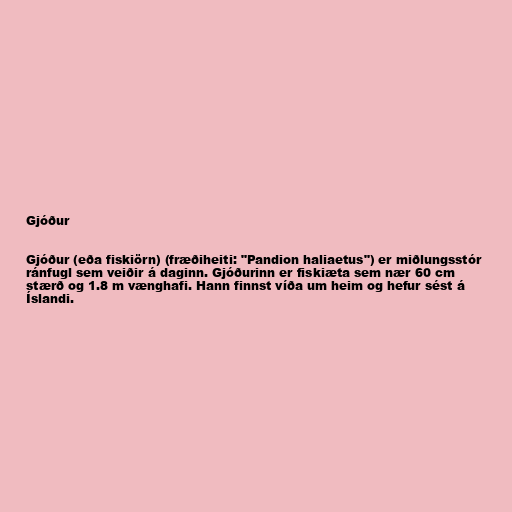
Gjóður

Gjóður (eða fiskiörn) (fræðiheiti: "Pandion haliaetus") er miðlungsstór
ránfugl sem veiðir á daginn. Gjóðurinn er fiskiæta sem nær 60 cm
stærð og 1.8 m vænghafi. Hann finnst víða um heim og hefur sést á
Íslandi.